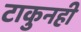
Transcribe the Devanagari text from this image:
टाकुनही